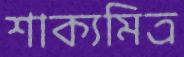
শাক্যমিত্র